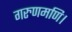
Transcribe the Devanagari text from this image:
गरुणमणि।